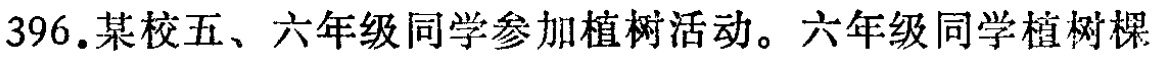
396.某校五、六年级同学参加植树活动。六年级同学植树棵